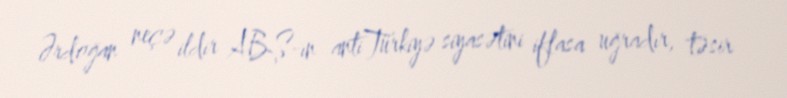
Ərdoğan neçə ildir ABŞ-ın antiTürkiyə siyasətini iflasa uğradır, təsir